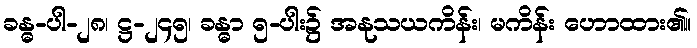
ခန္ဓ-ပါ-၂၈၊ ဋ္ဌ-၂၄၅၊ ခန္ဓာ ၅-ပါး၌ အနုသယကိန်း၊ မကိန်း ဟောထား၏။